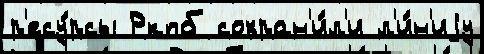
р'есу́рсы Ркпб сохран'и́л'и л'и́н'иjу